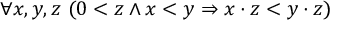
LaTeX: \forall x , y , z \ ( 0 < z \land x < y \Rightarrow x \cdot z < y \cdot z )